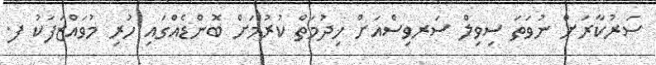
ސަރުކާރަށް ނުވަތަ ސިވިލް ސަރވިސްއަށް ޚިދުމަތް ކުރުމަށް ބޮންޑެއްގައި ހުރި މުވައްޒަފަކު ފ.